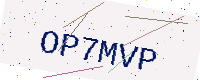
Text: OP7MVP